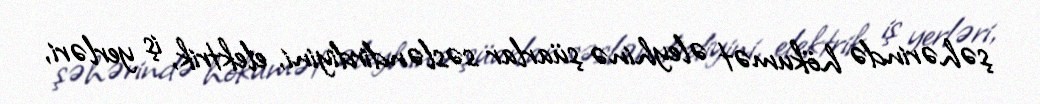
şəhərində hökumət əleyhinə şüarlar səsləndirdiyini, elektrik, iş yerləri,